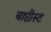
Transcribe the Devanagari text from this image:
बाप्टीस्ट